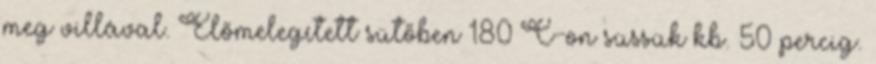
meg villával. Előmelegített sütőben 180°C-on süssük kb. 50 percig.